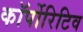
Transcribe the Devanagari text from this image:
कॉर्पोरिटिव